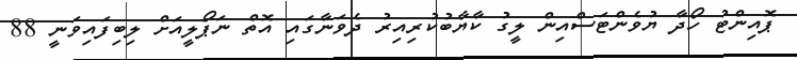
ޕޮއިންޓު ހޯދާ ޔުވެންޓަސްއިން ލީގު ކާޔާބުކުރިއިރު ދެވަނާގައި އޮތް ނަޕޯލީއަށް ލިބިފައިވަނީ 88